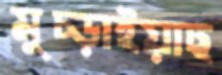
মুচ্‌ড়াইয়াছ